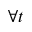
\forall t